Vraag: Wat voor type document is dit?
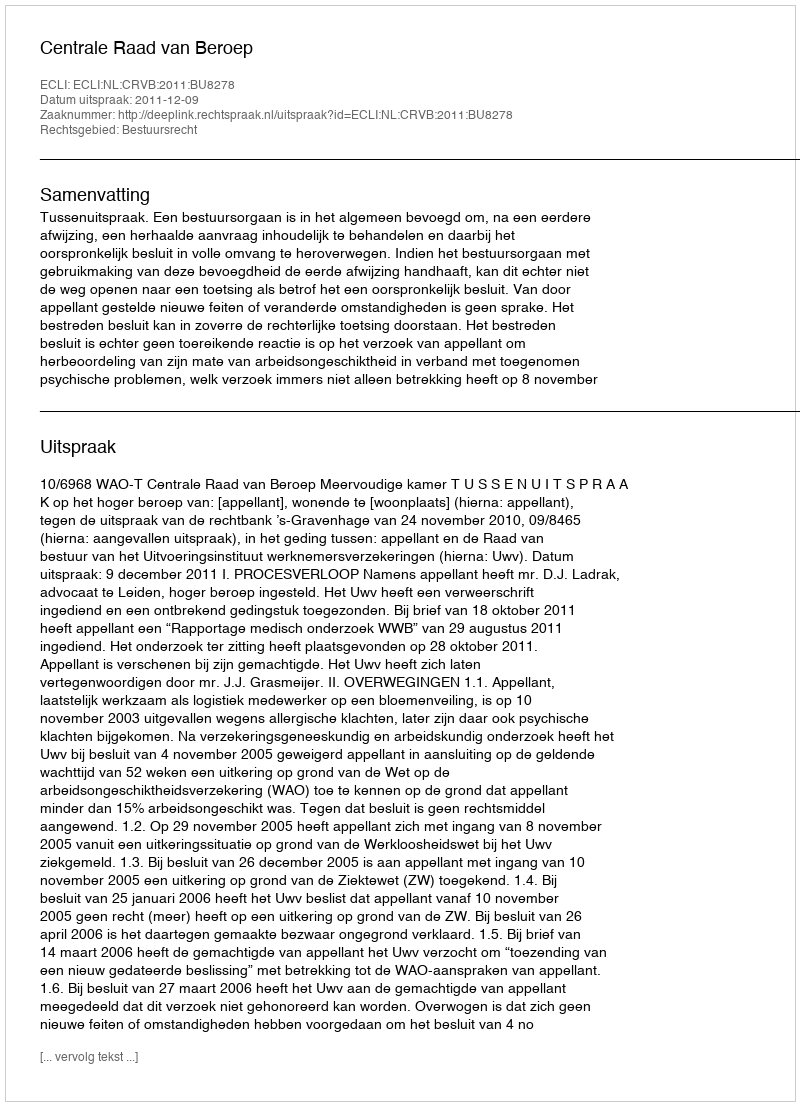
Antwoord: Uitspraak